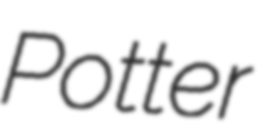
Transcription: Potter